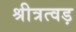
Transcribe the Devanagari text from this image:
श्रीत्रत्वड़